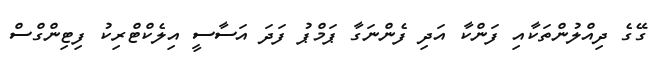
ގޭގެ ދިއްލުންތަކާއި ފަންކާ އަދި ފެންނަގާ ޕަމްޕު ފަދަ އަސާސީ އިލެކްޓްރިކު ފިޓިންގްސް